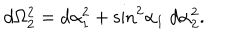
d \Omega _ { 2 } ^ { 2 } = d \alpha _ { 1 } ^ { 2 } + { \sin } ^ { 2 } { \alpha _ { 1 } } \ d \alpha _ { 2 } ^ { 2 } .